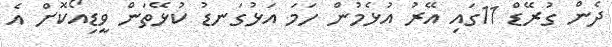
ދެން ގުރޭޑް 11ގައި އޭރު އުޅެމުން ހަމަ އަޅުގަނޑު ކުޅޭތަން ވީޑިއޯކޮށް އެ